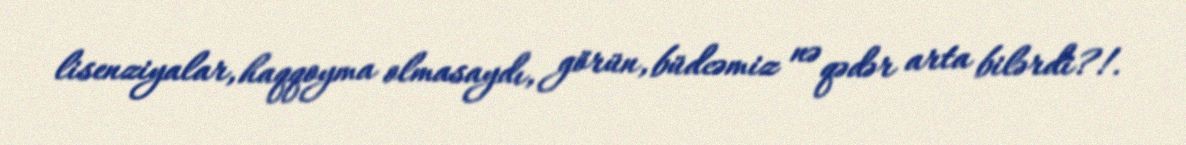
lisenziyalar, haqqoyma olmasaydı, görün, büdcəmiz nə qədər arta bilərdi?!.